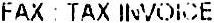
FAX : TAX INVOICE